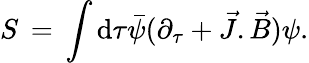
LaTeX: S\, =\, \int\mathrm{d}\tau{\bar{{\psi}}}(\partial_{\tau}+{\vec{{J}}}.{\vec{{B}}})\psi.